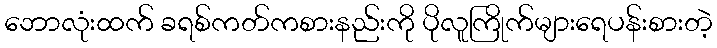
ဘောလုံးထက် ခရစ်ကတ်ကစားနည်းကို ပိုလူကြိုက်များရေပန်းစားတဲ့